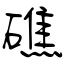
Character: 礁